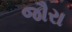
જૌરા